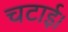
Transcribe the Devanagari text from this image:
चटाई।